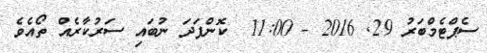
ސެޕްޓެމްބަރު 29